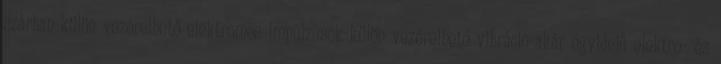
szárban-külön vezérelhető elektromos impulzusok-külön vezérelhető vibráció-akár egyidejű elektro- és